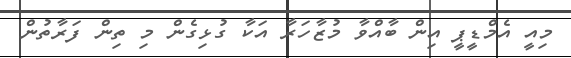
މިއީ އެމްޑީޕީ އިން ބާއްވާ މުޒާހަރާ އަކާ ގުޅިގެން މި ތިން ފަރާތުން